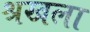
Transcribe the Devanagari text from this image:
श्रखला